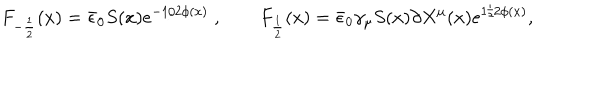
LaTeX: F _ { - { \frac { 1 } { 2 } } } ( x ) = \bar { \epsilon } _ { 0 } S ( x ) e ^ { - 1 / 2 \phi ( x ) } \; , \qquad F _ { \frac { 1 } { 2 } } ( x ) = \bar { \epsilon } _ { 0 } \gamma _ { \mu } S ( x ) \partial X ^ { \mu } ( x ) e ^ { 1 / 2 \phi ( x ) } ,